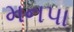
મનપા